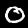
Digit: 0